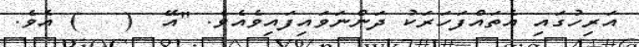
އަރިހުގައި އެތައްފަހަރަކު ދަންނަވައިފައިވެއެވެ. "އޭ  (   ) އެވެ.